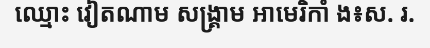
ឈ្មោះ វៀតណាម សង្គ្រាម អាមេរិកាំ ង៖ស. រ.